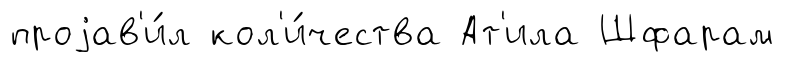
проjав'и́л кол'и́чества Ат'ила Шфарам